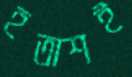
হতাশই